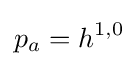
p_{a}=h^{1,0}